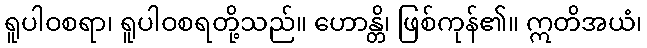
ရူပါဝစရာ၊ ရူပါဝစရတို့သည်။ ဟောန္တိ၊ ဖြစ်ကုန်၏။ ဣတိအယံ၊